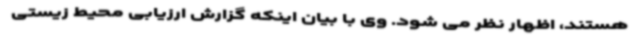
هستند، اظهار نظر می شود. وی با بیان اینکه گزارش ارزیابی محیط زیستی